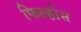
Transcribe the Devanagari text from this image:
फिल्होस